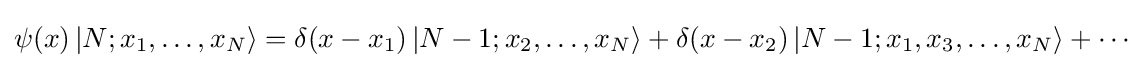
\psi (x)\left|N;x_{1},\dots ,x_{N}\right\rangle =\delta (x-x_{1})\left|N-1;x_{2},\dots ,x_{N}\right\rangle +\delta (x-x_{2})\left|N-1;x_{1},x_{3},\dots ,x_{N}\right\rangle +\cdots